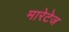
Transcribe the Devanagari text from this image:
मारेटेज